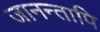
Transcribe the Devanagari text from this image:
जानन्तापि